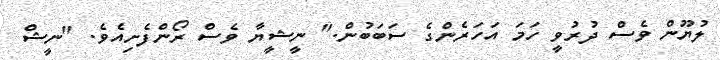
ލުޔޫން ވެސް ދުރުވީ ހަމަ އަހަރެންގެ ސަބަބުން." ނީޝީޔާ ވެސް ރޯންފެށިއެވެ. "ނީޝް